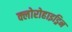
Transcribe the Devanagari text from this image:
क्लोरोहाइड्रिन